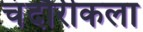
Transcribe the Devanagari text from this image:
चंदौरीकला